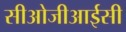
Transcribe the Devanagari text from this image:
सीओजीआईसी